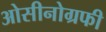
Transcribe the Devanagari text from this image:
ओसीनोग्रफी